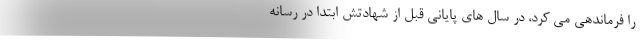
را فرماندهی می کرد، در سال های پایانی قبل از شهادتش ابتدا در رسانه